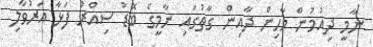
ނާމީ ދިއުމުން މާހިން ދާއިން ގާތުގައި ނާމީގެ ބޮޑު ސިއްރު ފަޅާ އަރުވާލި